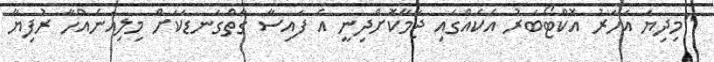
"މިދިޔަ އަހަރު އޮކްޓޯބަރު އެކެއްގައި ޖަމާކޮށްދިނީ އެ ފައިސާ ގާތްގަނޑަކަށް މިލިއަނެއްހާ ރުފިޔާ